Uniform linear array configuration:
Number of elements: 24
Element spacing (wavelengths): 0.5
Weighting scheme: binomial
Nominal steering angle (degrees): -15
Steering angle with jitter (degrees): -15.7
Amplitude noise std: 0.05
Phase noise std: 0.05

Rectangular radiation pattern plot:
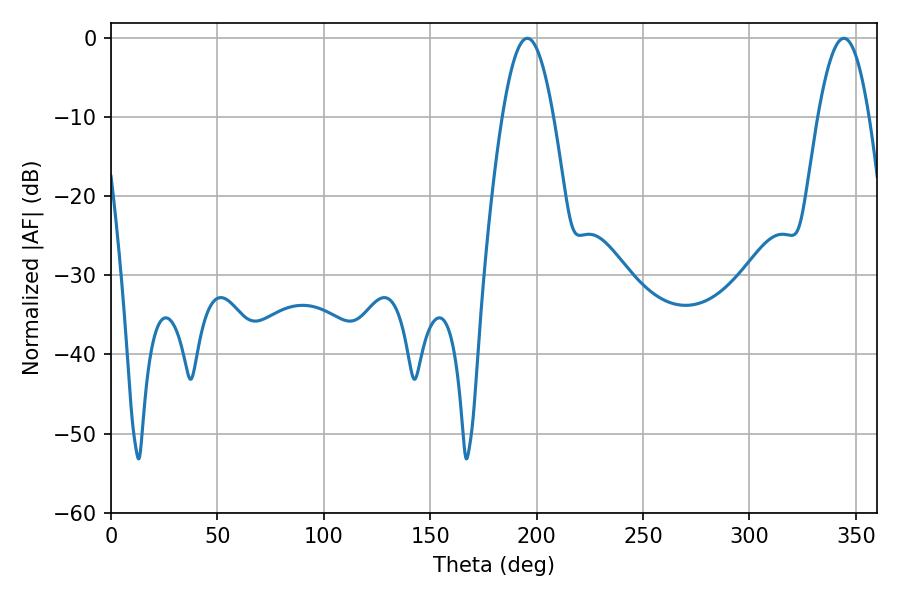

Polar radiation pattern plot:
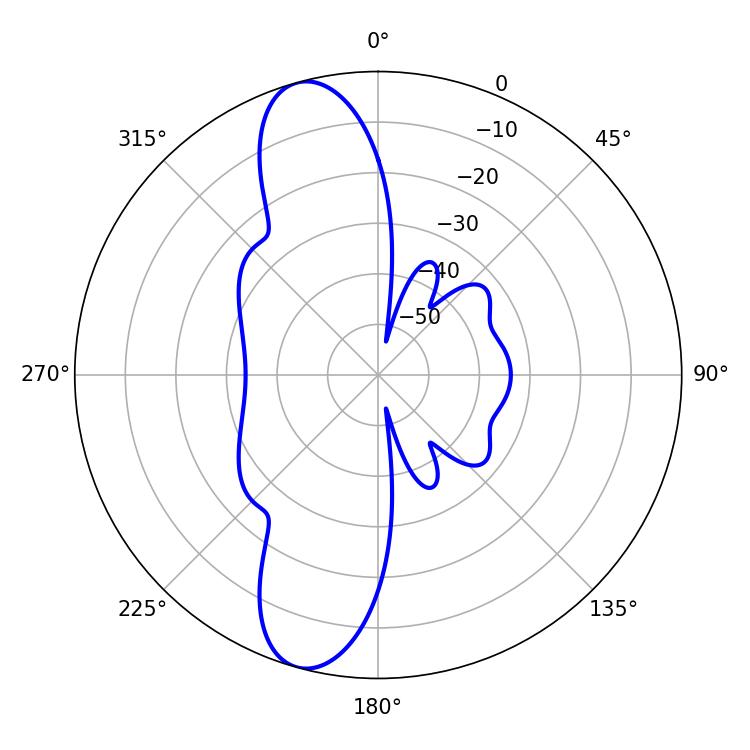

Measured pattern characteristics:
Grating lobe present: FALSE
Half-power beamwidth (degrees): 12.96
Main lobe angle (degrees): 195.66